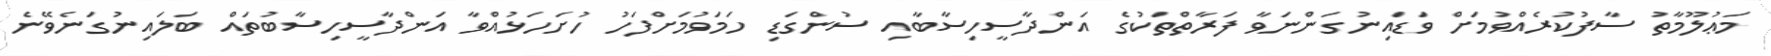
މަޢުލޫމާތު ސާފުކުރެއްވުމަށް ވަޑައިނުގަންނަވާ ފަރާތްތަކުގެ އަންދާސީހިސާބާއި ސުންގަޑި ހަމަވުމަށްފަހު ހުށަހަޅުއްވާ އަންދާސީހިސާބުތައް ބަލައިނުގަނެވޭނެ